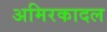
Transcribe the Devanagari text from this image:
अमिरकादल